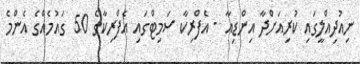
ނިއުދިއްލީގައި ކުރިއަށްދާ އިންޑިއާ - އެފްރިކާ ސަމިޓްގައި އެފްރިކާގެ 50 ގައުމެއްގެ އެންމެ